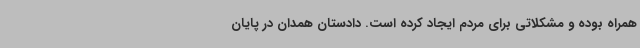
همراه بوده و مشکلاتی برای مردم ایجاد کرده است. دادستان همدان در پایان